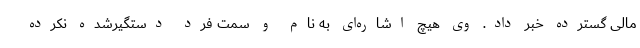
مالی گسترده خبر داد. وی هیچ اشاره‌ای به نام و سمت فرد دستگیرشده نکرده